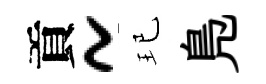
貢~玘鳬